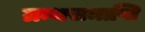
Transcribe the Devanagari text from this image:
ग्रन्थसमाप्ति